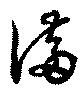
滿